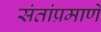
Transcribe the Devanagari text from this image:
संतांप्रमाणे